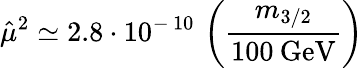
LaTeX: {\hat{\mu}}^{2}\simeq 2.8\cdot 10^{-\, 10}\, \left(\frac{m_{3/2}}{100\: \mathrm{GeV}}\right)